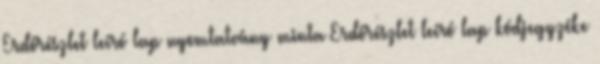
Erdőrészlet leíró lap nyomtatvány minta Erdőrészlet leíró lap kódjegyzéke